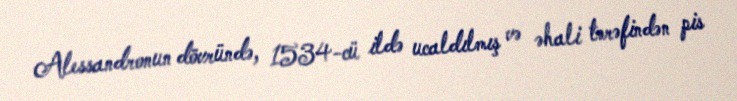
Alessandronun dövründə, 1534-cü ildə ucaldılmış və əhali tərəfindən pis